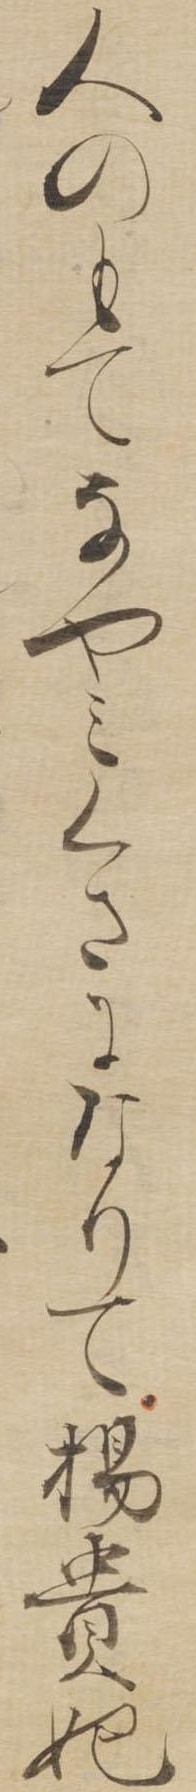
人のもてなやみくさになりて楊貴妃